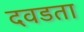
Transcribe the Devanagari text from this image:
दवडता